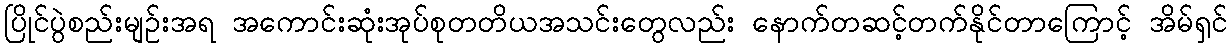
ပြိုင်ပွဲစည်းမျဉ်းအရ အကောင်းဆုံးအုပ်စုတတိယအသင်းတွေလည်း နောက်တဆင့်တက်နိုင်တာကြောင့် အိမ်ရှင်